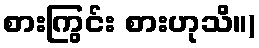
စားကြွင်း စားဟုသိ။)